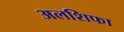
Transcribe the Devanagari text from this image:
अलशिफा